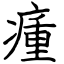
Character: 瘇